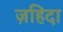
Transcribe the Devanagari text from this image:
ज़हिदा